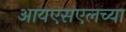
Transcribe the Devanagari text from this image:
आयएसएलच्या